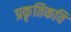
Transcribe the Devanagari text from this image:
प्रकृतिकवि